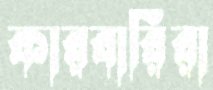
কারবারিরা